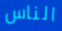
الناس